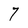
Character: 7